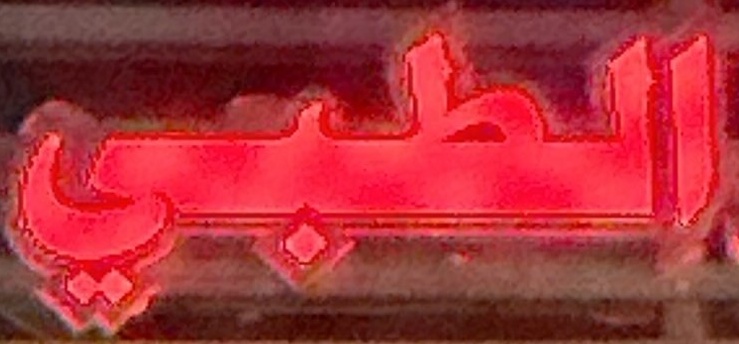
الطبي